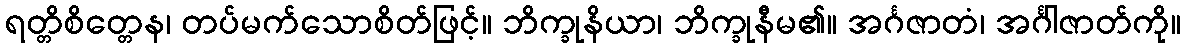
ရတ္တိစိတ္တေန၊ တပ်မက်သောစိတ်ဖြင့်။ ဘိက္ခုနိယာ၊ ဘိက္ခုနီမ၏။ အင်္ဂဇာတံ၊ အင်္ဂါဇာတ်ကို။